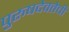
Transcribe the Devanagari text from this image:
पुरुषदेवतेची